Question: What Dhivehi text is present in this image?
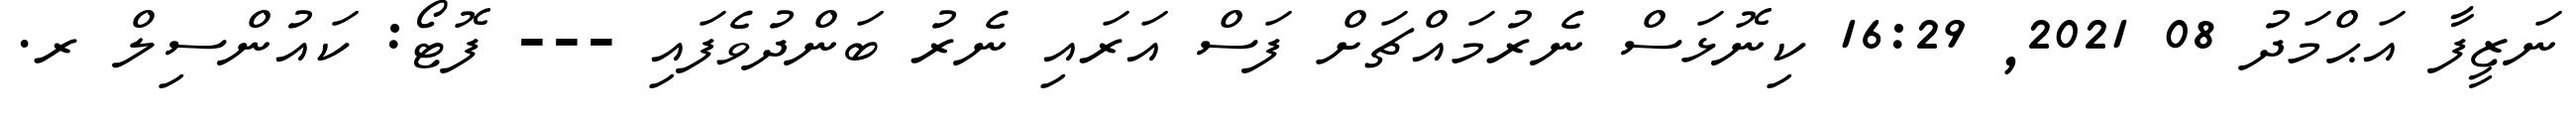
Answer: ނަޒީފާ އަޙްމަދު 08 2021, 16:29 ކިނޮޅަސް ނެރުމައްޗަށް ފަސް އަރައި ނެރު ބަންދުވެފައި --- ފޮޓޯ: ކައުންސިލް ރ.